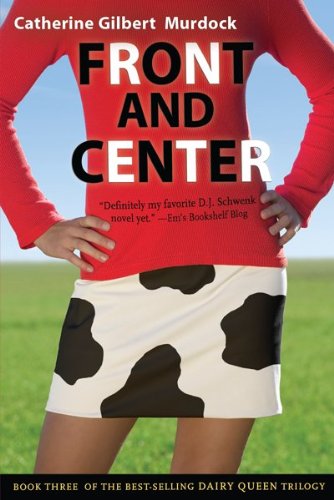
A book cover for Front and Center (The Dairy Queen Trilogy); Catherine Gilbert Murdock; Teen & Young Adult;